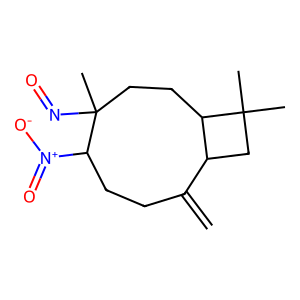
SMILES: C=C1CCC([N+](=O)[O-])C(C)(N=O)CCC2C1CC2(C)C
Inhibits HIV replication: No